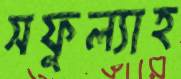
সফুল্যাহ